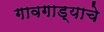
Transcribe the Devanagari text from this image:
गावगाड्याचे